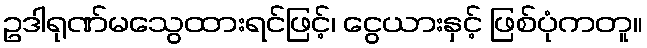
ဥဒါရုဏ်မသွေထားရင်ဖြင့်၊ ငွေယားနှင့် ဖြစ်ပုံကတူ။